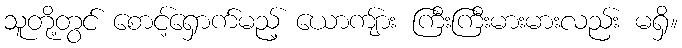
သူတို့တွင် စောင့်ရှောက်မည့် ယောကျ်ား ကြီးကြီးမားမားလည်း မရှိ။